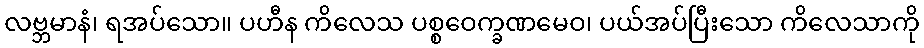
လဗ္ဘမာနံ၊ ရအပ်သော။ ပဟီန ကိလေသ ပစ္စဝေက္ခဏမေဝ၊ ပယ်အပ်ပြီးသော ကိလေသာကို